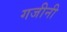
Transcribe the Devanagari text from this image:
गजीनी